Vaccination in Bombay 1924-1928 - 1924-1928
Year: 1924
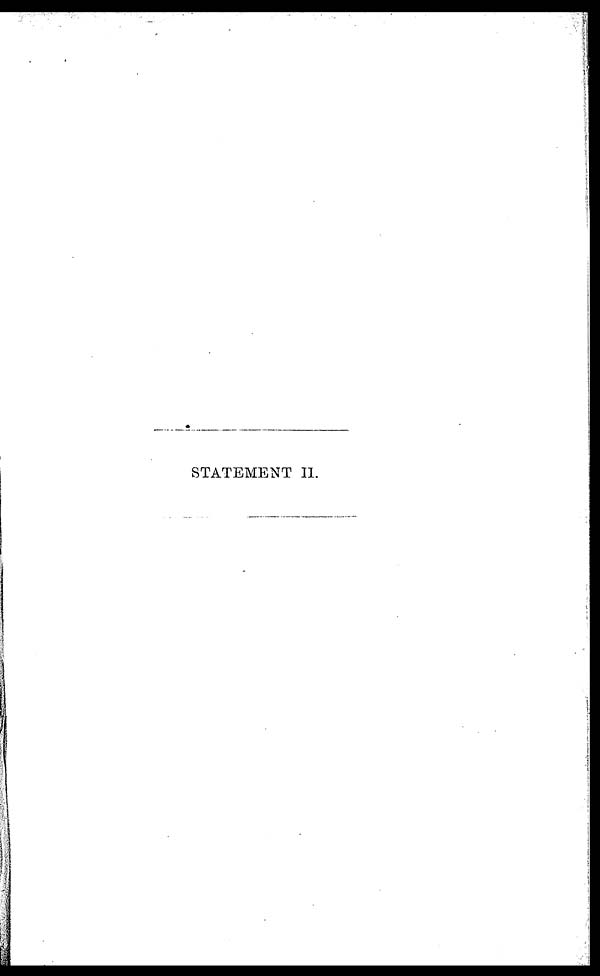
STATEMENT II.